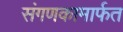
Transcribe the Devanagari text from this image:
संगणकामार्फत